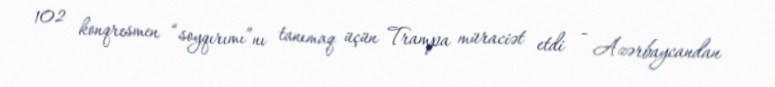
102 konqresmen “soyqırımı”nı tanımaq üçün Trampa müraciət etdi - Azərbaycandan